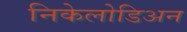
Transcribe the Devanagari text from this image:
निकेलोडिअन